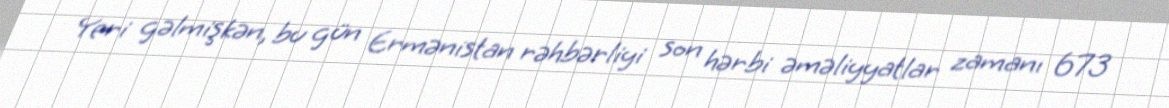
Yeri gəlmişkən, bu gün Ermənistan rəhbərliyi son hərbi əməliyyatlar zamanı 673